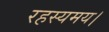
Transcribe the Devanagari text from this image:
रहस्यमय।